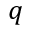
q